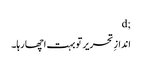
;d
اندازِ تحریر تو بہت اچھا رہا۔